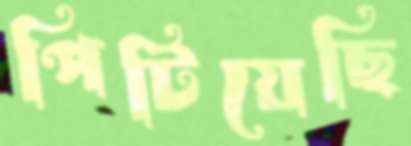
পিটিয়েছি